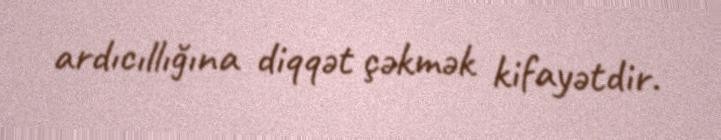
ardıcıllığına diqqət çəkmək kifayətdir.